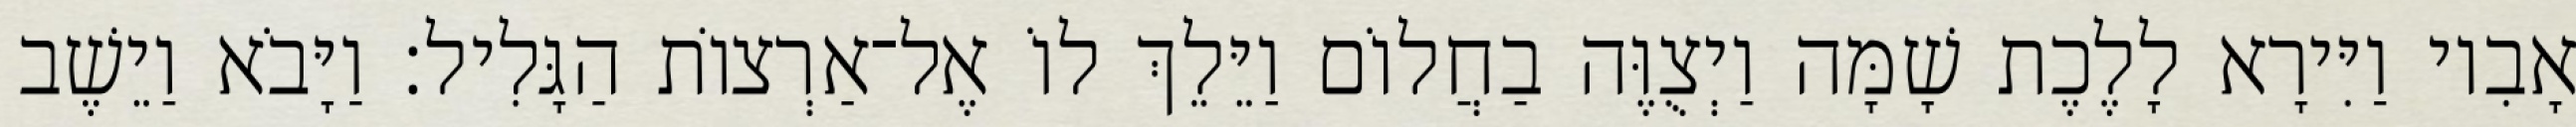
אָבִיו וַיִּירָא לָלֶכֶת שָׁמָּה וַיְצֻוֶּה בַחֲלוֹם וַיֵּלֵךְ לוֹ אֶל־אַרְצוֹת הַגָּלִיל׃ וַיָּבֹא וַיֵשֶׁב